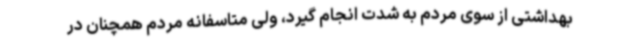
بهداشتی از سوی مردم به شدت انجام گیرد، ولی متاسفانه مردم همچنان در